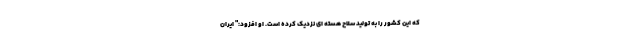
که این کشور را به تولید سلاح هسته ای نزدیک کرده است. او افزود:" ایران